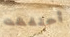
أحتفظت